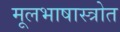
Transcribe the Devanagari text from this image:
मूलभाषास्त्रोत